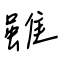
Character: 雖